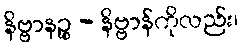
နိဗ္ဗာနဉ္စ - နိဗ္ဗာန်ကိုလည်း၊